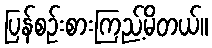
ပြန်စဉ်းစားကြည့်မိတယ်။